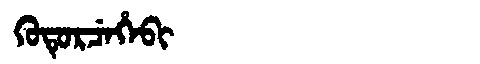
Manchu: ᡴᡠᡨᡠᡵᠴᡝᡥᡝᠪᡳ
Romanization: KUTURCEHEBI